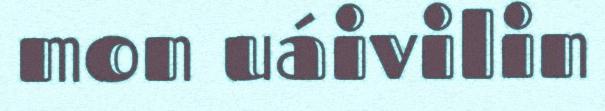
mon uáivilin